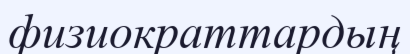
физиократтардың